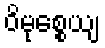
ဝိမုစ္စေယျ